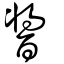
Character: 醬